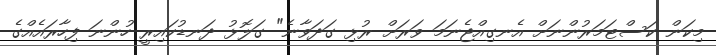
މިކަން ކަސްޓަމަރުންނަށް އެނގިއްޖެނަމަ ވަރަށް ރުޅި ގަދަވާނެ" ގަލޮޅު ދަނޑުކައިރީ ހުންނަ ފިހާރައެއްގެ